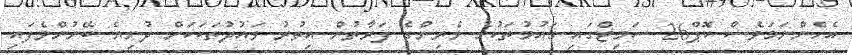
އެހެންނަމަވެސް ކޮޕް26 ސަމިޓްގައި ގައުމުތަކުގެ ވެރިންގެ ފަރާތުން އިތުރު ވައުދުތަކަކަށް ދުނިޔެ ބޭނުންވެފައި